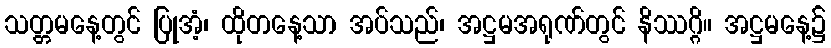
သတ္တမနေ့တွင် ပြုအံ့၊ ထိုတနေ့သာ အပ်သည်၊ အဋ္ဌမအရုဏ်တွင် နိဿဂ္ဂိ။ အဋ္ဌမနေ့၌